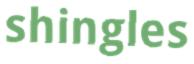
shingles